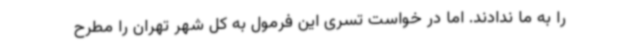
را به ما ندادند. اما در خواست تسری این فرمول به کل شهر تهران را مطرح